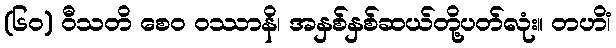
(၆၀) ဝီသတိ စေဝ ဝဿာနိ၊ အနှစ်နှစ်ဆယ်တို့ပတ်လုံး။ တဟိံ၊